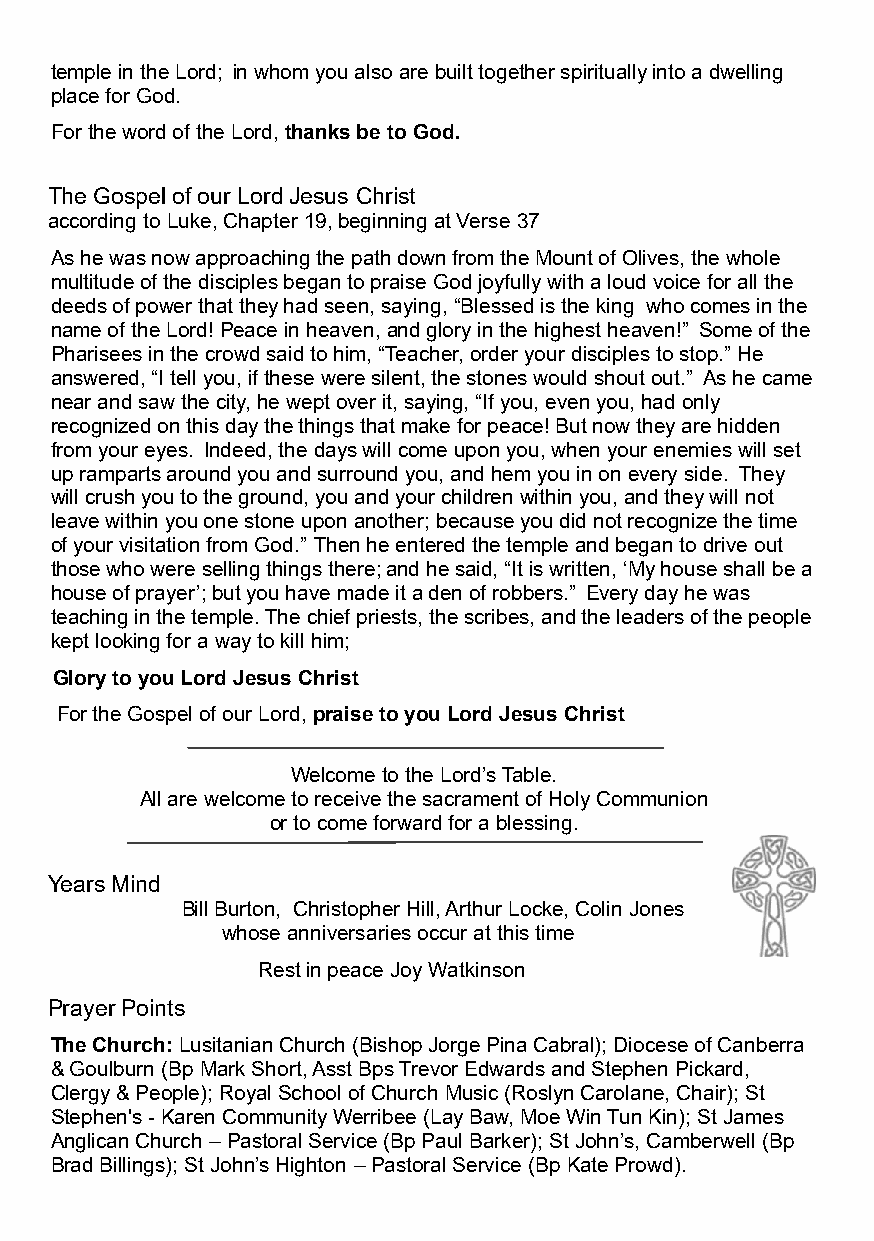
temple in the Lord; in whom you also are built together spiritually into a dwelling
 place for God.
 For the word of the Lord, thanks be to God.
 The Gospel of our Lord Jesus Christ
 according to Luke, Chapter 19, beginning at Verse 37
 As he was now approaching the path down from the Mount of Olives, the whole
 multitude of the disciples began to praise God joyfully with a loud voice for all the
 deeds of power that they had seen, saying, “Blessed is the king who comes in the
 name of the Lord! Peace in heaven, and glory in the highest heaven!” Some of the
 Pharisees in the crowd said to him, “Teacher, order your disciples to stop.” He
 answered, “I tell you, if these were silent, the stones would shout out.” As he came
 near and saw the city, he wept over it, saying, “If you, even you, had only
 recognized on this day the things that make for peace! But now they are hidden
 from your eyes. Indeed, the days will come upon you, when your enemies will set
 up ramparts around you and surround you, and hem you in on every side. They
 will crush you to the ground, you and your children within you, and they will not
 leave within you one stone upon another; because you did not recognize the time
 of your visitation from God.” Then he entered the temple and began to drive out
 those who were selling things there; and he said, “It is written, ‘My house shall be a
 house of prayer’; but you have made it a den of robbers.” Every day he was
 teaching in the temple. The chief priests, the scribes, and the leaders of the people
 kept looking for a way to kill him;
 Glory to you Lord Jesus Christ
 For the Gospel of our Lord, praise to you Lord Jesus Christ
 Welcome to the Lord’s Table.
 All are welcome to receive the sacrament of Holy Communion
 or to come forward for a blessing.
 Years Mind
 Bill Burton, Christopher Hill, Arthur Locke, Colin Jones
 whose anniversaries occur at this time
 Rest in peace Joy Watkinson
 Prayer Points
 The Church: Lusitanian Church (Bishop Jorge Pina Cabral); Diocese of Canberra
 & Goulburn (Bp Mark Short, Asst Bps Trevor Edwards and Stephen Pickard,
 Clergy & People); Royal School of Church Music (Roslyn Carolane, Chair); St
 Stephen's - Karen Community Werribee (Lay Baw, Moe Win Tun Kin); St James
 Anglican Church – Pastoral Service (Bp Paul Barker); St John’s, Camberwell (Bp
 Brad Billings); St John’s Highton – Pastoral Service (Bp Kate Prowd).